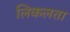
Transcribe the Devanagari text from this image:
लिकलता